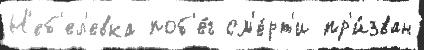
Н'еб'ел'евка поб'е́г см'е́рт'и пр'и́зван